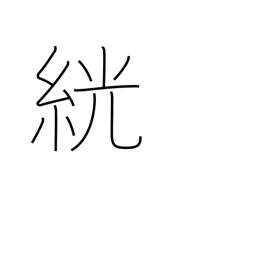
Meaning: white rice